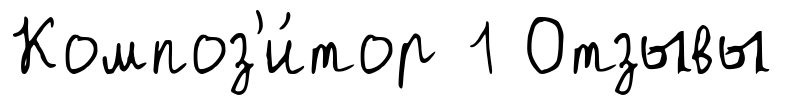
Композ'и́тор 1 Отзывы